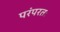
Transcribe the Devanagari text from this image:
परंपरतः